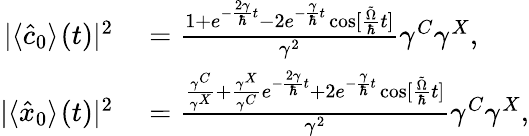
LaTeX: \begin{array}{rl}{|\langle\hat{c}_{0}\rangle^{}(t)|^{2}}&{{}=\frac{1+e^{-\frac{2\gamma}{\hbar}t}-2e^{-\frac{\gamma}{\hbar}t}\cos[\frac{\tilde{\Omega}}{\hbar}t]}{\gamma^{2}}\gamma^{C}\gamma^{X},}\\ {|\langle\hat{x}_{0}\rangle^{}(t)|^{2}}&{{}=\frac{\frac{\gamma^{C}}{\gamma^{X}}+\frac{\gamma^{X}}{\gamma^{C}}e^{-\frac{2\gamma}{\hbar}t}+2e^{-\frac{\gamma}{\hbar}t}\cos[\frac{\tilde{\Omega}}{\hbar}t]}{\gamma^{2}}\gamma^{C}\gamma^{X},}\end{array}